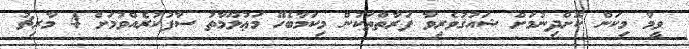
ވީމާ މިކަން ކޮށްދިނުމަށް ޝައުޤުވެރިވާ ފަރާތްތަކުން މިކަމާބެހޭ މަޢުލޫމާތު ސާފުކުރެއްވުމަށް 4 މާރިޗު